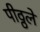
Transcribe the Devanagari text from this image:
पीठ्ठले